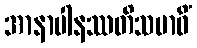
အာနာပါနဿတိသမာဓိံ